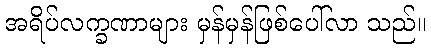
အရိပ်လက္ခဏာများ မှန်မှန်ဖြစ်ပေါ်လာ သည်။